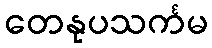
တေနုပသင်္ကမ